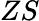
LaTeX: ZS